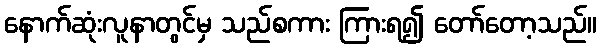
နောက်ဆုံးလူနာတွင်မှ သည်စကား ကြားရ၍ တော်တော့သည်။